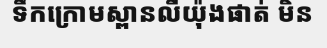
ទឹកក្រោមស្ពានលីយ៉ុងផាត់ មិន